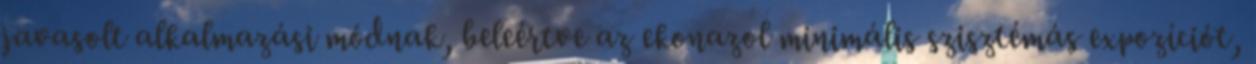
javasolt alkalmazási módnak, beleértve az ekonazol minimális szisztémás expozíciót,